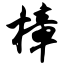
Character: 樟